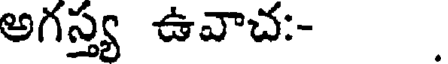
అగస్త్య ఉవాచ:-